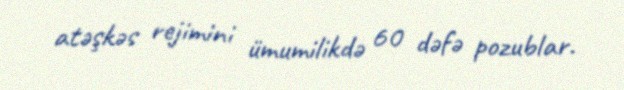
atəşkəs rejimini ümumilikdə 60 dəfə pozublar.